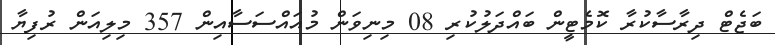
ބަޖެޓް ދިރާސާކުރާ ކޮމެޓީން ބައްދަލުކުރި 08 މިނިވަން މުއައްސަސާއިން 357 މިލިއަން ރުފިޔާ